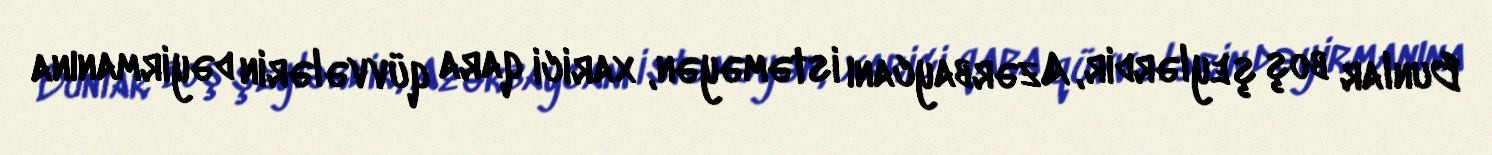
Bunlar boş şeylərdir, Azərbaycanı istəməyən, xarici qara qüvvələrin dəyirmanına